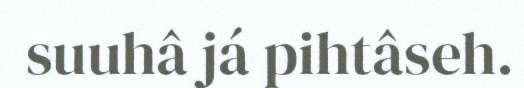
suuhâ já pihtâseh.